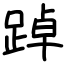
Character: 踔